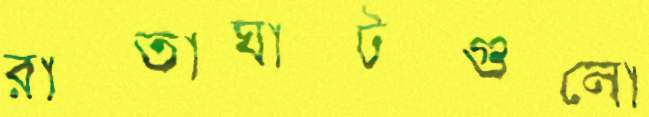
রাস্তাঘাটগুলো